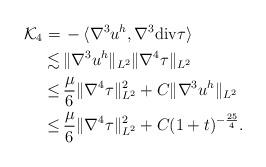
LaTeX: \begin{align*} \mathcal{K}_{4} = &\, -\langle \nabla^3 u^{h} ,\nabla^3 \mathrm{div}\tau\rangle \\ \lesssim &\, \|\nabla^3 u^{h}\|_{L^2} \|\nabla^4 \tau\|_{L^2}\\ \leq &\, \frac{\mu}{6}\|\nabla^4 \tau\|_{L^2}^2 + C\|\nabla^3 u^{h}\|_{L^2} \\ \leq &\, \frac{\mu}{6}\|\nabla^4 \tau\|_{L^2}^2 + C(1+t)^{-\frac{25}{4}}.\end{align*}